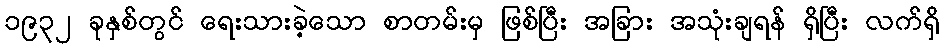
၁၉၃၂ ခုနှစ်တွင် ရေးသားခဲ့သော စာတမ်းမှ ဖြစ်ပြီး အခြား အသုံးချရန် ရှိပြီး လက်ရှိ